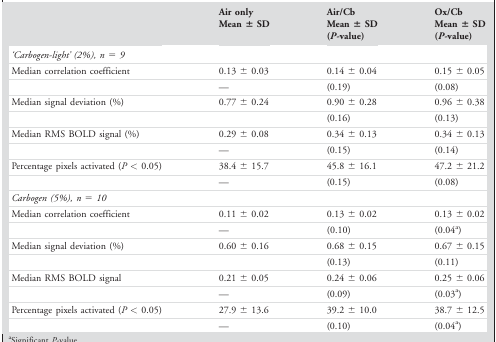
|  | Air only Mean ± SD | Air/Cb Mean ± SD (P‐value) | Ox/Cb Mean ± SD (P‐value) |
 | --- | --- | --- | --- |
 | ‘Carbogen‐light’ (2%), n = 9 |  |  |  |
 | Median correlation coefficient | 0.13 ± 0.03 | 0.14 ± 0.04 | 0.15 ± 0.05 |
 |  | — | (0.19) | (0.08) |
 | Median signal deviation (%) | 0.77 ± 0.24 | 0.90 ± 0.28 | 0.96 ± 0.38 |
 |  |  | (0.16) | (0.13) |
 | Median RMS BOLD signal (%) | 0.29 ± 0.08 | 0.34 ± 0.13 | 0.34 ± 0.13 |
 |  | — | (0.15) | (0.14) |
 | Percentage pixels activated (P < 0.05) | 38.4 ± 15.7 | 45.8 ± 16.1 | 47.2 ± 21.2 |
 |  | — | (0.15) | (0.08) |
 | Carbogen (5%), n = 10 |  |  |  |
 | Median correlation coefficient | 0.11 ± 0.02 | 0.13 ± 0.02 | 0.13 ± 0.02 |
 |  | — | (0.10) | (0.04a) |
 | Median signal deviation (%) | 0.60 ± 0.16 | 0.68 ± 0.15 | 0.67 ± 0.15 |
 |  |  | (0.13) | (0.11) |
 | Median RMS BOLD signal | 0.21 ± 0.05 | 0.24 ± 0.06 | 0.25 ± 0.06 |
 |  | — | (0.09) | (0.03a) |
 | Percentage pixels activated (P < 0.05) | 27.9 ± 13.6 | 39.2 ± 10.0 | 38.7 ± 12.5 |
 |  | — | (0.10) | (0.04a) |